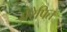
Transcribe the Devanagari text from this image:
प्रेरेपित